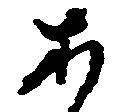
あ